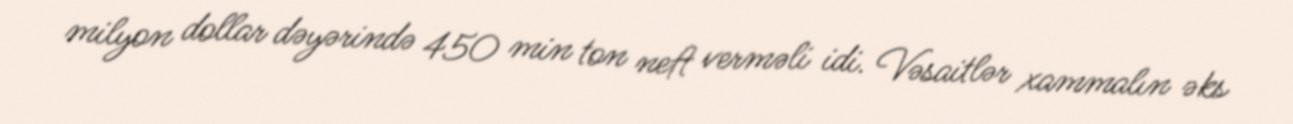
milyon dollar dəyərində 450 min ton neft verməli idi. Vəsaitlər xammalın əks